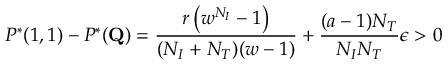
P ^ { * } ( 1 , 1 ) - P ^ { * } ( \mathbf { Q } ) = \frac { r \left( w ^ { N _ { I } } - 1 \right) } { ( N _ { I } + N _ { T } ) ( w - 1 ) } + \frac { ( a - 1 ) N _ { T } } { N _ { I } N _ { T } } \epsilon > 0